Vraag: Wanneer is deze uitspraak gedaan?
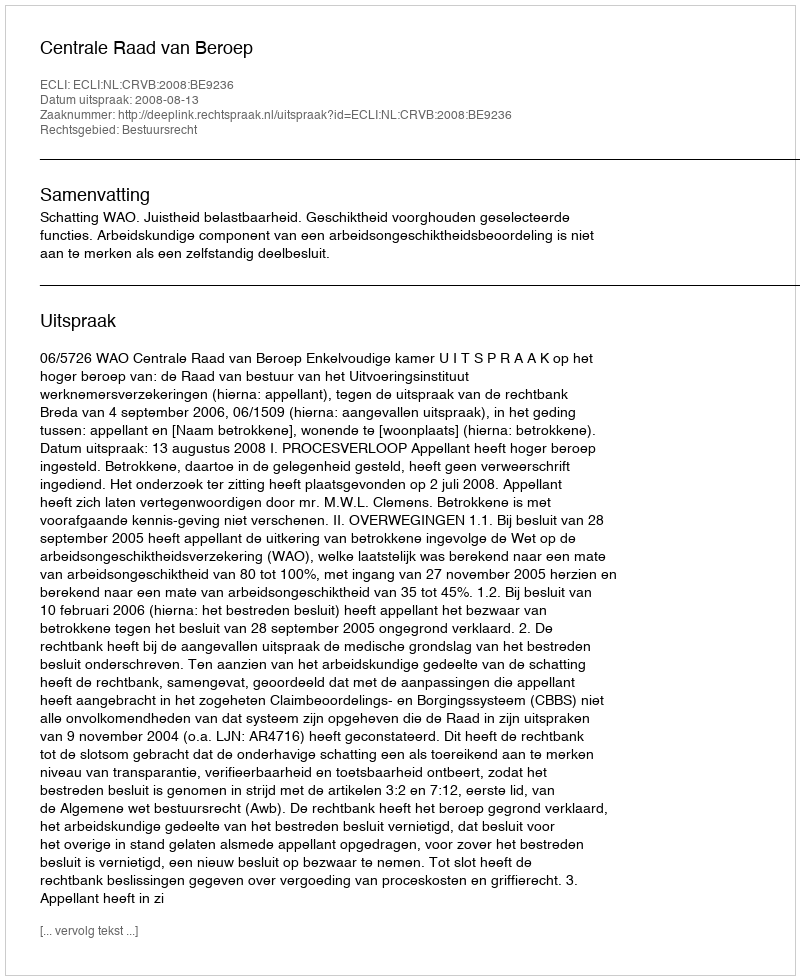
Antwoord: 2008-08-13